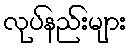
လုပ်နည်းများ